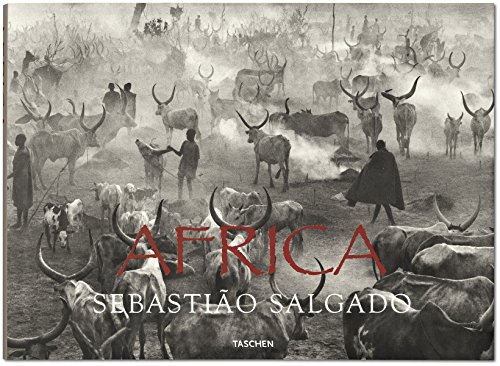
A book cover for Sebastiao Salgado: Africa; Arts & Photography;